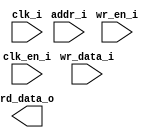
/*******************************************************************************
    Verilog netlist generated by IPGEN Radiant
    Soft IP Version: 1.0.0
    Mon Apr 16 10:29:10 2018
*******************************************************************************/
/*******************************************************************************
    Wrapper Module generated per user settings.
*******************************************************************************/
module rom_himax_cfg (clk_i, clk_en_i, wr_en_i, wr_data_i, addr_i, rd_data_o)/* synthesis syn_black_box syn_declare_black_box=1 */;
    input  clk_i;
    input  clk_en_i;
    input  wr_en_i;
    input  [15:0]  wr_data_i;
    input  [7:0]  addr_i;
    output  [15:0]  rd_data_o;
endmodule